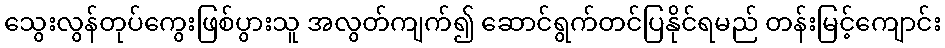
သွေးလွန်တုပ်ကွေးဖြစ်ပွားသူ အလွတ်ကျက်၍ ဆောင်ရွက်တင်ပြနိုင်ရမည် တန်းမြင့်ကျောင်း